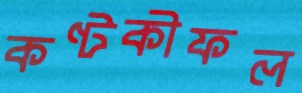
কণ্টকীফল